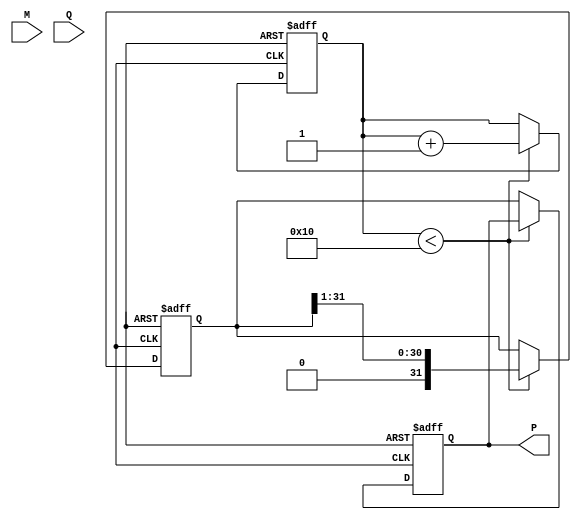
module modified_booth_multiplier (
    input signed [15:0] M,      // Multiplicand
    input signed [15:0] Q,      // Multiplier
    output reg signed [31:0] P   // Product
);

    reg signed [31:0] A;        // Accumulator
    reg [15:0] Q_reg;           // Shifted multiplier
    reg Q_1;                    // Previous bit of multiplier
    reg [4:0] count;            // Count for iterations

    // Booth Encoder
    wire [1:0] booth_code;
    assign booth_code = {Q_1, Q_reg[0]};

    always @(posedge clk or negedge rst_n) begin
        if (!rst_n) begin
            // Reset state
            A <= 0;
            Q_reg <= Q;
            P <= 0;
            Q_1 <= 0;
            count <= 0;
        end else begin
            if (count < 16) begin
                case (booth_code)
                    2'b00: begin
                        // No operation
                    end
                    2'b01: begin
                        // Add multiplicand
                        A <= A + (M << count);
                    end
                    2'b10: begin
                        // Subtract multiplicand
                        A <= A - (M << count);
                    end
                    2'b11: begin
                        // No operation
                    end
                endcase

                // Shift right
                Q_1 <= Q_reg[0];
                Q_reg <= {A[0], Q_reg[15:1]};
                A <= A >> 1;

                // Increment count
                count <= count + 1;
            end else begin
                // Final product
                P <= A;
            end
        end
    end
endmodule